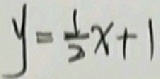
y = \frac { 1 } { 2 } x + 1